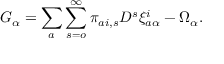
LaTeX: G _ { \alpha } = \sum _ { a } \sum _ { s = o } ^ { \infty } \pi _ { a i , s } D ^ { s } \xi _ { a \alpha } ^ { i } - \Omega _ { \alpha } .